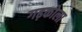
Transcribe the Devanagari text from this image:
गढ़कोला